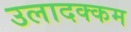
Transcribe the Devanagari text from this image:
उलादक्कम